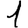
Digit: 1